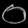
Digit: ၀